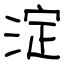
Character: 淀